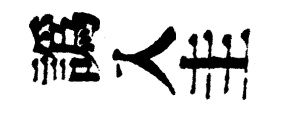
譌入圭